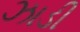
ઝાડી